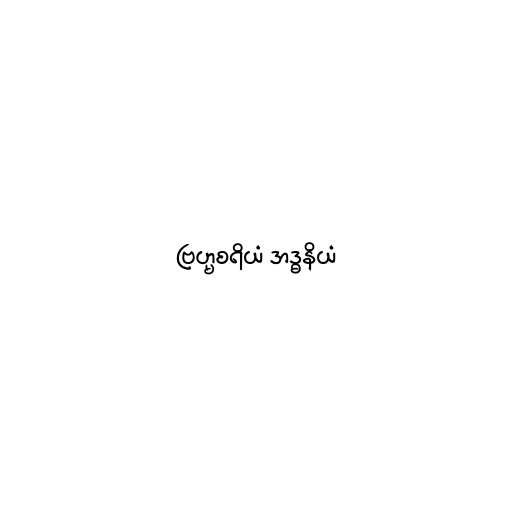
ဗြဟ္မစရိယံ အဒ္ဓနိယံ